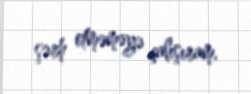
şərh etməməyə çalışıram.